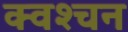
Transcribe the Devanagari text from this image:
क्वश्चन